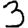
Digit: 3